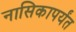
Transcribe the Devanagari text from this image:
नासिकापर्यंत